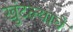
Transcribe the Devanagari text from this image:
खुंटल्याचे